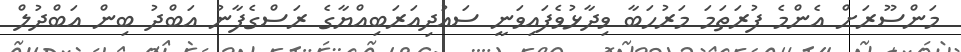
މަންސޫރަށް އެންމެ ފުރަތަމަ މަރުހަބާ ވިދާޅުވެފައިވަނީ ސައުދިއަރަބިއްޔާގެ ރަސްގެފާނު އަބްދު ބިން އަބްދުލް